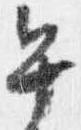
午